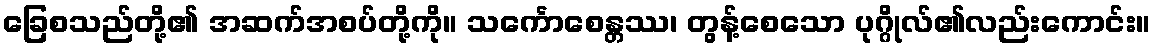
ခြေစသည်တို့၏ အဆက်အစပ်တို့ကို။ သင်္ကောစေန္တဿ၊ တွန့်စေသော ပုဂ္ဂိုလ်၏လည်းကောင်း။